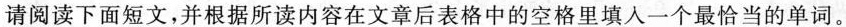
请阅读下面短文,并根据所读内容在文章后表格中的空格里填入一个最恰当的单词。